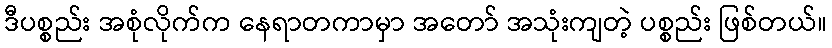
ဒီပစ္စည်း အစုံလိုက်က နေရာတကာမှာ အတော် အသုံးကျတဲ့ ပစ္စည်း ဖြစ်တယ်။